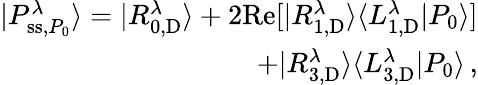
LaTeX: \begin{array}{r}{|P_{\mathrm{ss},P_{0}}^{\lambda}\rangle=|R_{0,\mathrm{D}}^{\lambda}\rangle+2\mathrm{Re}[|R_{1,\mathrm{D}}^{\lambda}\rangle\langle L_{1,\mathrm{D}}^{\lambda}|P_{0}\rangle]}\\ {+|R_{3,\mathrm{D}}^{\lambda}\rangle\langle L_{3,\mathrm{D}}^{\lambda}|P_{0}\rangle\, ,}\end{array}